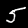
Label: 5